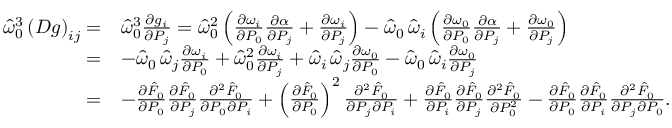
\begin{array} { r l } { \hat { \omega } _ { 0 } ^ { 3 } \left( D g \right) _ { i j } = } & { \hat { \omega } _ { 0 } ^ { 3 } \frac { \partial g _ { i } } { \partial P _ { j } } = \hat { \omega } _ { 0 } ^ { 2 } \left( \frac { \partial \omega _ { i } } { \partial P _ { 0 } } \frac { \partial \alpha } { \partial P _ { j } } + \frac { \partial \omega _ { i } } { \partial P _ { j } } \right) - \hat { \omega } _ { 0 } \, \hat { \omega } _ { i } \left( \frac { \partial \omega _ { 0 } } { \partial P _ { 0 } } \frac { \partial \alpha } { \partial P _ { j } } + \frac { \partial \omega _ { 0 } } { \partial P _ { j } } \right) } \\ { = } & { - \hat { \omega } _ { 0 } \, \hat { \omega } _ { j } \frac { \partial \omega _ { i } } { \partial P _ { 0 } } + \hat { \omega } _ { 0 } ^ { 2 } \frac { \partial \omega _ { i } } { \partial P _ { j } } + \hat { \omega } _ { i } \, \hat { \omega } _ { j } \frac { \partial \omega _ { 0 } } { \partial P _ { 0 } } - \hat { \omega } _ { 0 } \, \hat { \omega } _ { i } \frac { \partial \omega _ { 0 } } { \partial P _ { j } } } \\ { = } & { - \frac { \partial \hat { F } _ { 0 } } { \partial P _ { 0 } } \frac { \partial \hat { F } _ { 0 } } { \partial P _ { j } } \frac { \partial ^ { 2 } \hat { F } _ { 0 } } { \partial P _ { 0 } \partial P _ { i } } + \left( \frac { \partial \hat { F } _ { 0 } } { \partial P _ { 0 } } \right) ^ { 2 } \frac { \partial ^ { 2 } \hat { F } _ { 0 } } { \partial P _ { j } \partial P _ { i } } + \frac { \partial \hat { F } _ { 0 } } { \partial P _ { i } } \frac { \partial \hat { F } _ { 0 } } { \partial P _ { j } } \frac { \partial ^ { 2 } \hat { F } _ { 0 } } { \partial P _ { 0 } ^ { 2 } } - \frac { \partial \hat { F } _ { 0 } } { \partial P _ { 0 } } \frac { \partial \hat { F } _ { 0 } } { \partial P _ { i } } \frac { \partial ^ { 2 } \hat { F } _ { 0 } } { \partial P _ { j } \partial P _ { 0 } } . } \end{array}